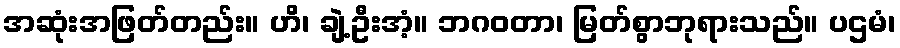
အဆုံးအဖြတ်တည်း။ ဟိ၊ ချဲ့ဦးအံ့။ ဘဂဝတာ၊ မြတ်စွာဘုရားသည်။ ပဌမံ၊